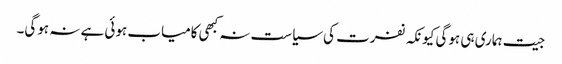
جیت ہماری ہی ہوگی کیونکہ نفرت کی سیاست نہ کبھی کامیاب ہوئی ہے نہ ہوگی۔